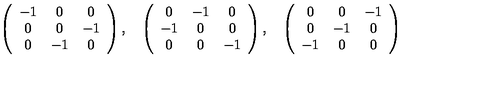
\left( \begin{array} { c c c } { - 1 } & { 0 } & { 0 } \\ { 0 } & { 0 } & { - 1 } \\ { 0 } & { - 1 } & { 0 } \\ \end{array} \right) , \quad \left( \begin{array} { c c c } { 0 } & { - 1 } & { 0 } \\ { - 1 } & { 0 } & { 0 } \\ { 0 } & { 0 } & { - 1 } \\ \end{array} \right) , \quad \left( \begin{array} { c c c } { 0 } & { 0 } & { - 1 } \\ { 0 } & { - 1 } & { 0 } \\ { - 1 } & { 0 } & { 0 } \\ \end{array} \right)